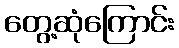
တွေ့ဆုံကြောင်း